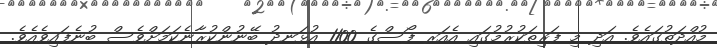
މުއްދަތުގައެވެ. އަދި މި ފަރިތަކުރުމުގައި އެއަރ ފޯސްގެ 1100 އުޅަނދު ބޭނުންކުރާނެކަމަށްވެސް ބުނެފައިވެއެވެ.